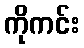
ကိုကင်း